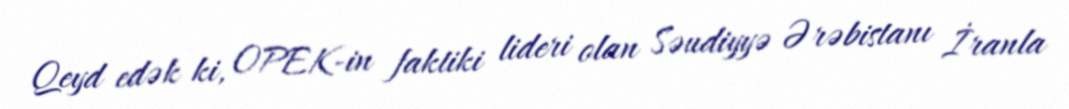
Qeyd edək ki, OPEK-in faktiki lideri olan Səudiyyə Ərəbistanı İranla